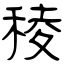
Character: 稜